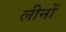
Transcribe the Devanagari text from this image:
लीनों